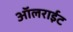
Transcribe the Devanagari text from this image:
ऑलराईट